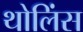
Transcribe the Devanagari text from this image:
थोलिंस